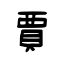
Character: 賈